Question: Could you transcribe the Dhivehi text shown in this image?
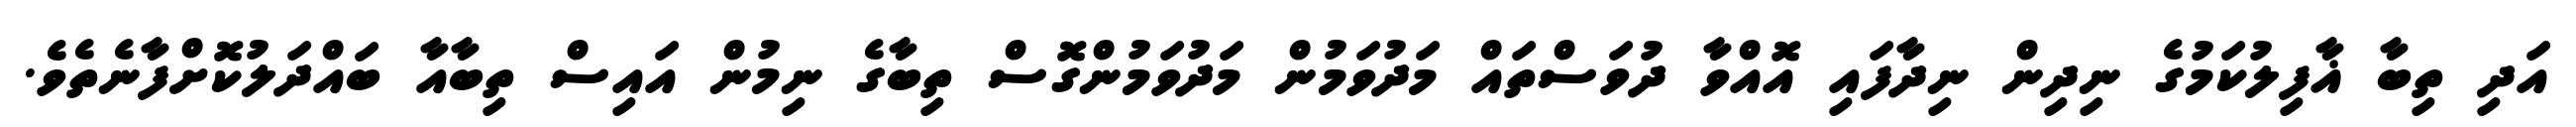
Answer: އަދި ތިބާ ޣާފިލުކަމުގެ ނިދިން ނިދާފައި އޮއްވާ ދުވަސްތައް މަދުވަމުން މަދުވަމުންގޮސް ތިބާގެ ނިމުން އައިސް ތިބާއާ ބައްދަލުކޮށްފާނެތެވެ.